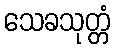
သေခသုတ္တံ